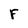
Character: F